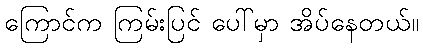
ကြောင်က ကြမ်းပြင် ပေါ်မှာ အိပ်နေတယ်။